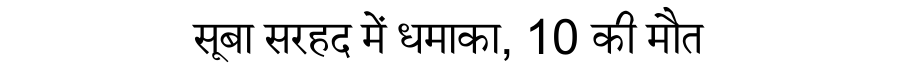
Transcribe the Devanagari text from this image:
सूबा सरहद में धमाका, 10 की मौत